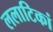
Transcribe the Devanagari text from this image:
ललाटिकां